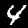
Digit: 4